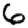
Digit: 6